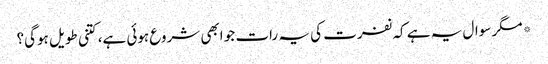
*مگر سوال یہ ہے کہ نفرت کی یہ رات جو ابھی شروع ہوئی ہے، کتنی طویل ہوگی؟